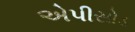
એપીસોડ